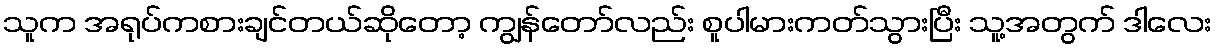
သူက အရုပ်ကစားချင်တယ်ဆိုတော့ ကျွန်တော်လည်း စူပါမားကတ်သွားပြီး သူ့အတွက် ဒါလေး